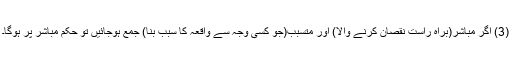
(3) اگر مباشر(براہ راست نقصان کرنے والا) اور متسبب(جو کسی وجہ سے واقعہ کا سبب بنا) جمع ہوجائیں تو حکم مباشر پر ہوگا۔